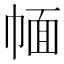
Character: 𢃮